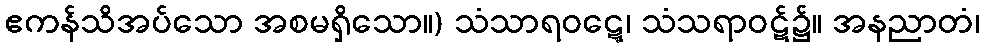
ဧကန်သိအပ်သော အစမရှိသော။) သံသာရဝဋ္ဋေ၊ သံသရာဝဋ်၌။ အနညာတံ၊